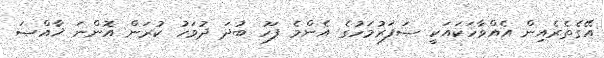
އޭގެތެރެއިން އެއްވާހަކައަކީ ޞަފަރުމަހުގެ އެންމެ ފަހު ބުދަ ދުވަހު ކުރަން އޮންނަ ޚާއްޞަ